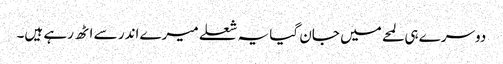
دوسرے ہی لمحے میں جان گیا یہ شعلے میرے اندر سے اٹھ رہے ہیں۔